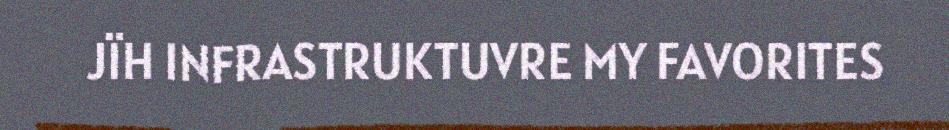
JÏH INFRASTRUKTUVRE MY FAVORITES